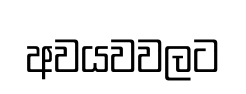
අවයවවලට